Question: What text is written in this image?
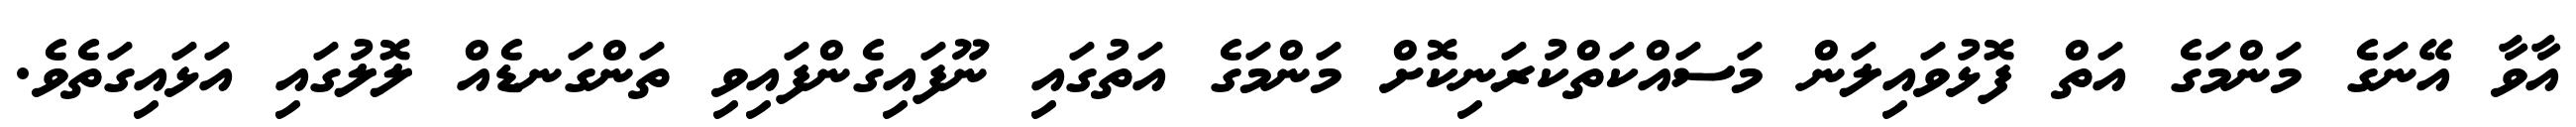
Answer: އާވާ އޭނަގެ މަންމަގެ އަތް ފޮޅުވައިލަން މަސައްކަތްކުރަނިކޮށް މަންމަގެ އަތުގައި ނޫފައިގެންފައިވި ތަންގަނޑެއް ލޮލުގައި އަޅައިގަތެވެ.